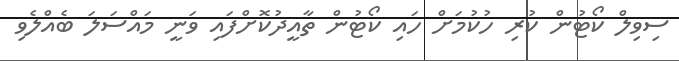
ސިވިލް ކޯޓުން ކުރި ހުކުމަށް ހައި ކޯޓުން ތާއީދުކޮށްފައި ވަނީ މައްސަލަ ބެއްލެވި